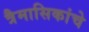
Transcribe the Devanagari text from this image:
त्रैमासिकांचे